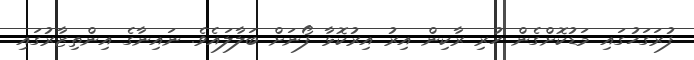
ފުރަގަހުގައި މަޑުކޮށްގެން ހުރި ރާކިން އިރު އިރުކޮޅާ ފޯނަށް ބަލާލައެވެ. ނައިނާގެ އިންތިޒާރުގައި